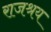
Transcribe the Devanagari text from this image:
राजश्रय